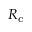
R _ { \mathrm { c } }